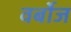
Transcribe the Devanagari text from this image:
वर्बोज